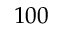
1 0 0